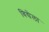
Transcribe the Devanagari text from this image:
विद्येला